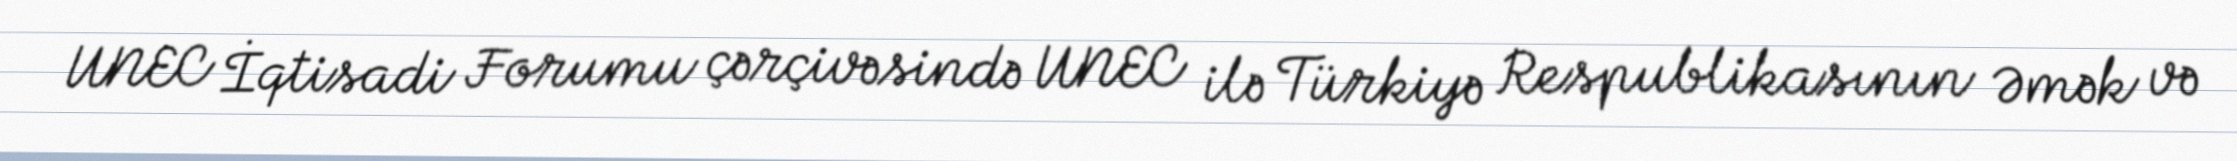
UNEC İqtisadi Forumu çərçivəsində UNEC ilə Türkiyə Respublikasının Əmək və